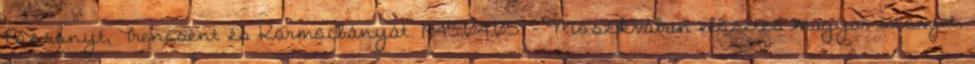
Pozsonyt, Trencsént és Körmöcbányát. 1945.04.05. - Moszkvában elõzetes magyar-szovjet,